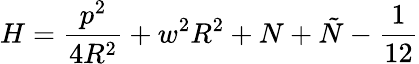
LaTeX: H=\frac{p^{2}}{4R^{2}}+w^{2}R^{2}+N+\tilde{N}-\frac{1}{12}